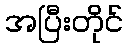
အပြီးတိုင်